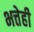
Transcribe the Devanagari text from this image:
भत्तेही